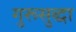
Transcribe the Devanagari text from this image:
गुरूसुद्धा